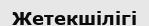
Жетекшілігі